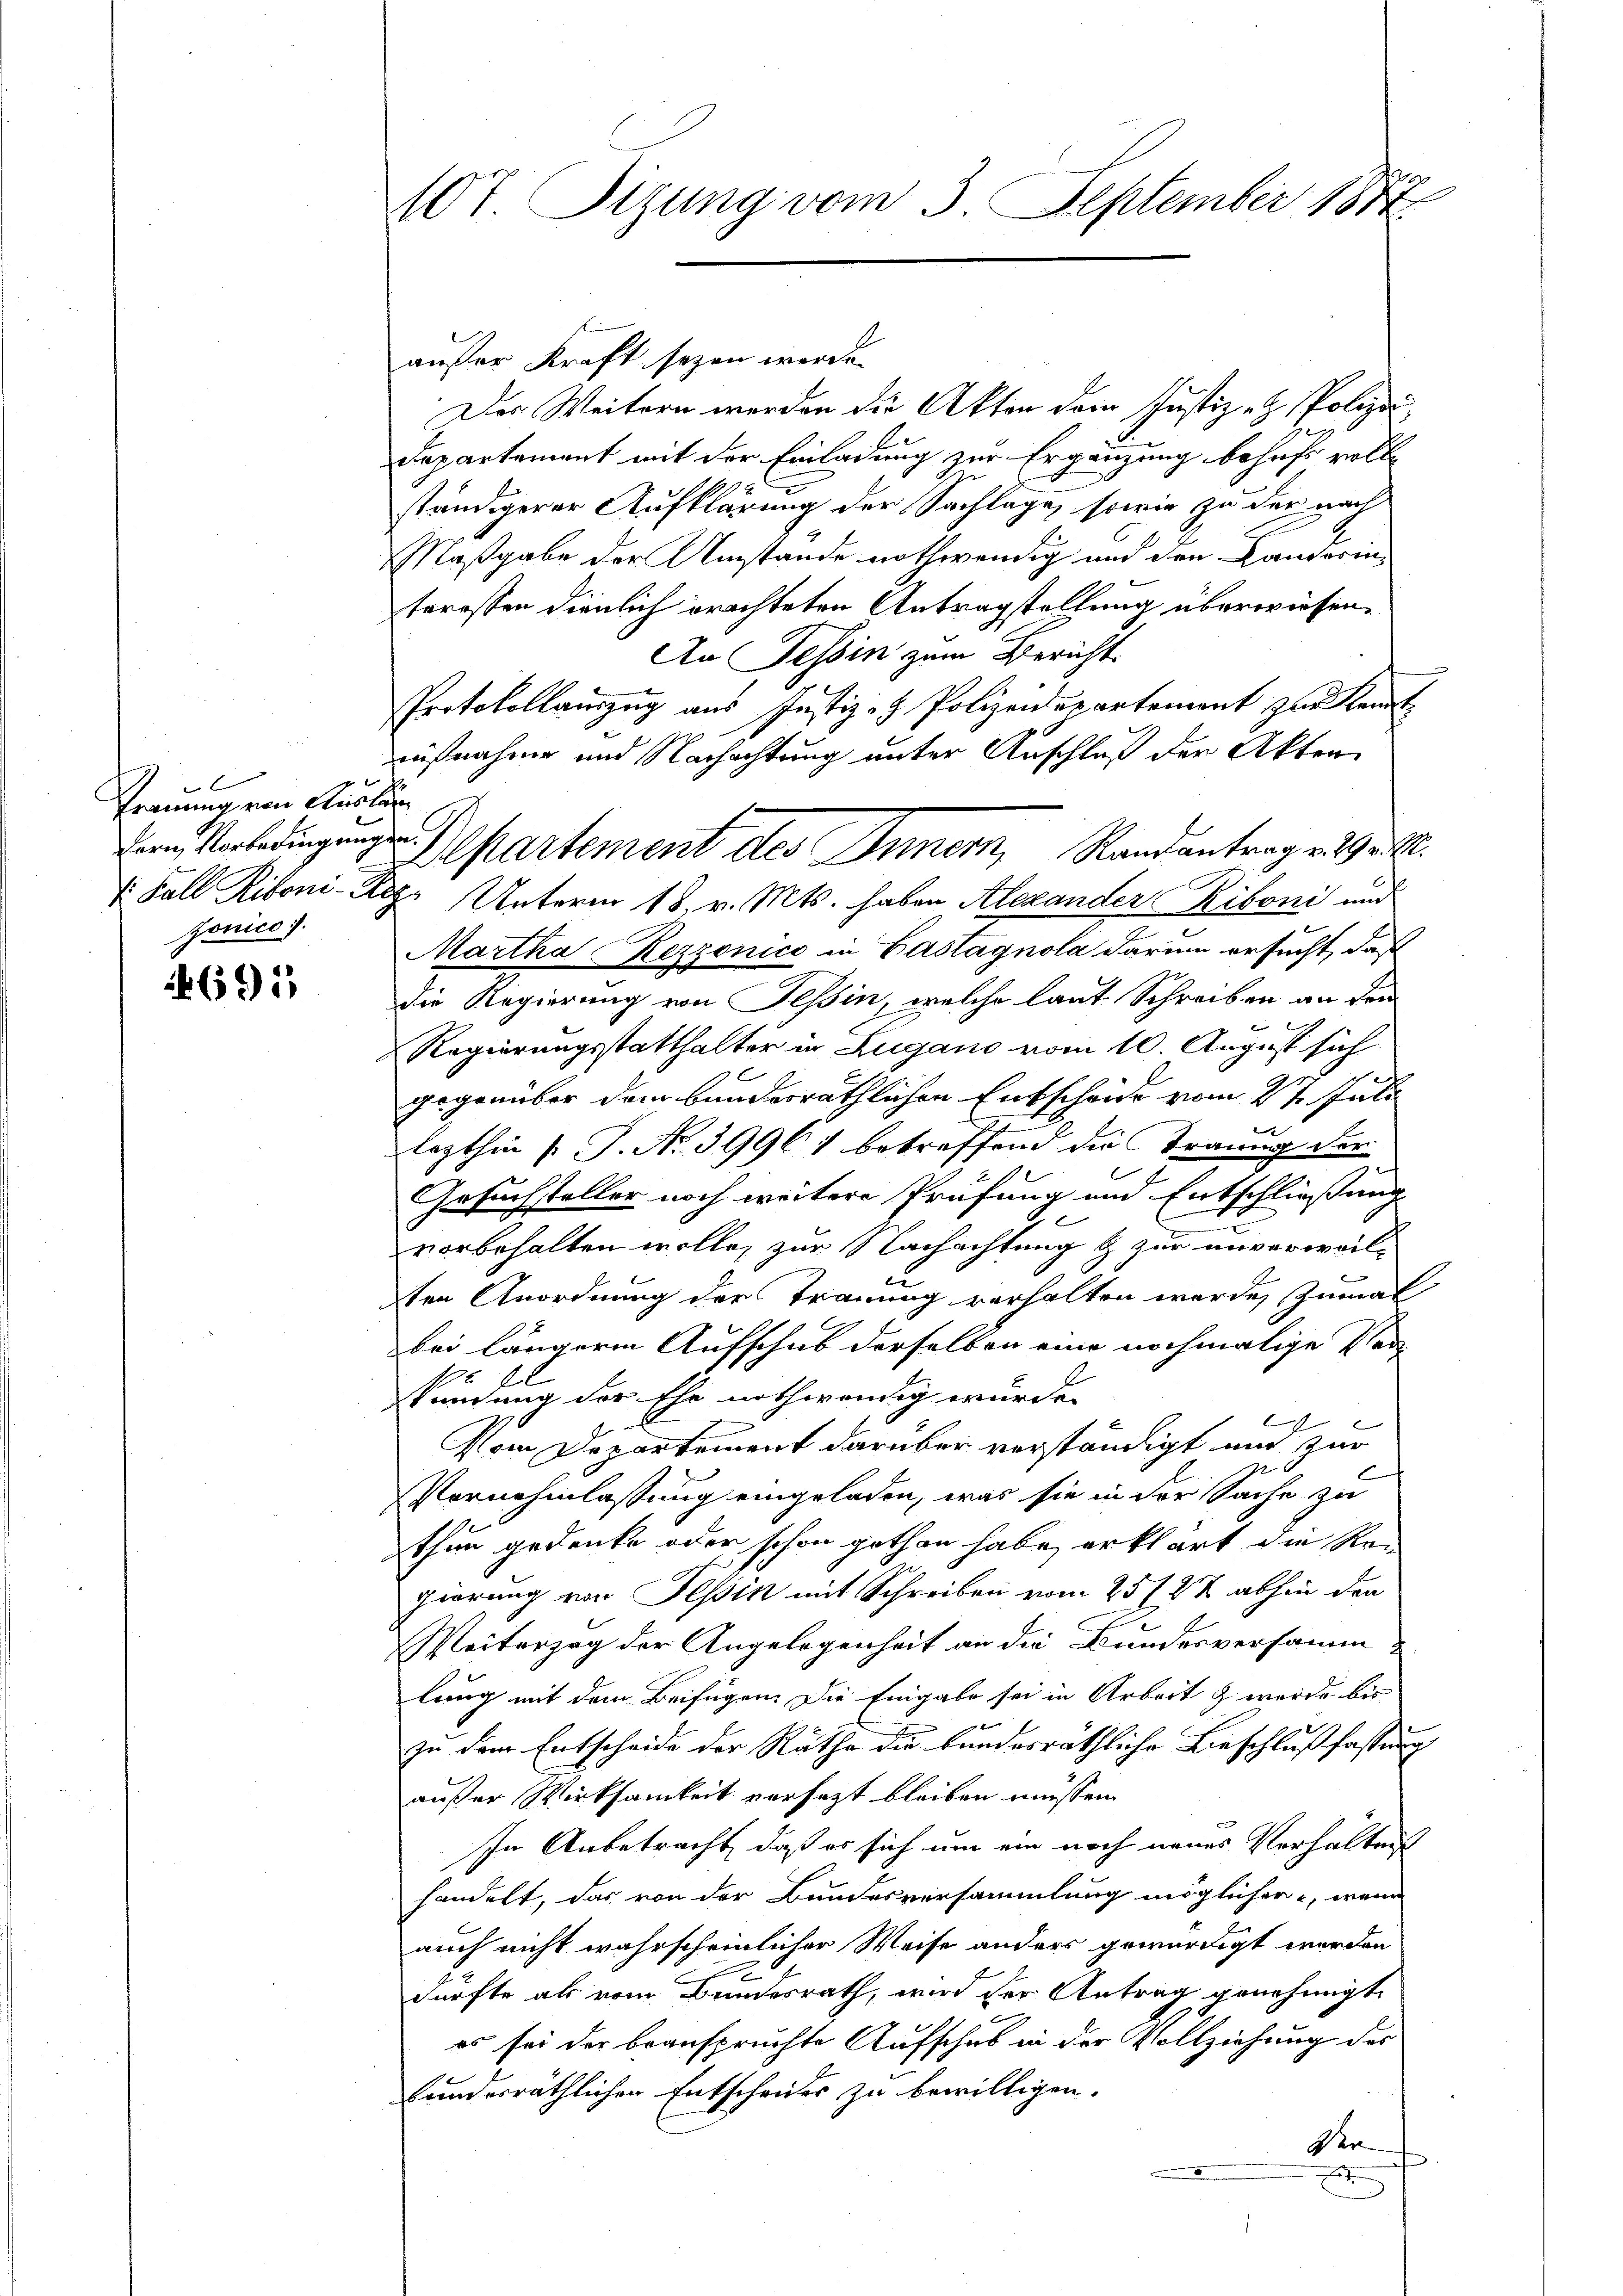
.
Trauung von Ausla
Zonico.

695

407. Sizung vom 3. September 1874.

außer Kraft seyen werde.
Das Weitern werden die Akten dem Justiz - Polizei¬
Departement mit der Einladung zur Ergänzung behufs vollständigerer Aufklärung der Sachlage, sowie zu der nach
Naßgabe der Umstände nothwendig und den Landarin
teressen dienlich erachteten Antragstellung überwiesen.
An Tessin zum Bericht.
Protokollauszug aus Justiz- & Polizeidepartement zur Kant
nißnahme und Nachachtung unter Anschluß der Akten
r
1. Fall Riboni-Kez. Unterm 18. v. Mts. haben Alexander Riboni und
Martha Rezzonico in Bastagnola darinn ersucht, daß
die Regierung von Tessin, welche laut Schreiben an dem
Regierungsstatthalter in Zugano vom 10. August sich
gegenüber dem bunderräthlichen Entscheide vom 27. Juli
lezthin /: P. Nr. 39961 betreffend die Traung der
Gesuchsteller noch weitere Prüfung und Entschließung
e
vorbehalten wolle, zur Nachachtung & zur unverweil-
A
ten Anordnung der Trauung verhalten werde, zumal
bei längeren Aufschub derselben eine nochmalige Ver-
42
A
Stindung der Ehe nothwendig wurde.
n
Vom Departement darüber verständigt und zur

Vornehmlassung eingeladen, was sie in der Sache zu
thun gedenke oder schon gethan habe, erklärt die Rei
pierung von Tessin mit Schreiben vom 25 (27 abhin den
Weiterzog der Angelegenheit an die Bundesversamm
lung mit dem Beifügen. Die Eingabe sei in Arbeit & wurde bis
zu dem Entscheide der Räthe die kundesräthliche Beschlußfassung
außer Wirksamkeit versetzt bleiben müssen.
In Anbetracht, daß er sich um ein noch neues Verhältnis
handelt, das von der Bundesversammlung möglicher wenn
2
auch nicht wahrscheinlicher Weise anders gewürdigt werden
dürfte als vom Bundesrath, wird der Antrag genehmigt.
es sei der beanspruchte Aufschub in der Vollziehung des
bunderräthlichen Entscheides zu bewilligen.
Ver
2

Dem Vorbedingung. Departement des Innern, Randantrag v. 9.